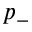
p _ { - }